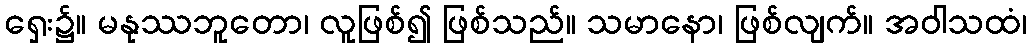
ရှေး၌။ မနုဿဘူတော၊ လူဖြစ်၍ ဖြစ်သည်။ သမာနော၊ ဖြစ်လျက်။ အဝါသထံ၊